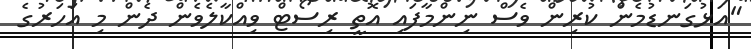
"އަޅުގަނޑުމެން ކުރިން ވެސް ނިންމާފައި އޮތީ ރިސޯޓް ވިއްކާލެވެން ދެން މި އަހަރުގެ